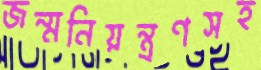
জন্মনিয়ন্ত্রণসহ